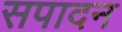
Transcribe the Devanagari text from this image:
सपादन